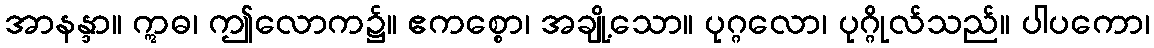
အာနန္ဒာ။ ဣဓ၊ ဤလောက၌။ ဧကစ္စော၊ အချို့သော။ ပုဂ္ဂလော၊ ပုဂ္ဂိုလ်သည်။ ပါပကော၊